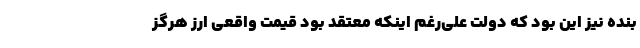
بنده نیز این بود که دولت علی‌رغم اینکه معتقد بود قیمت واقعی ارز هرگز